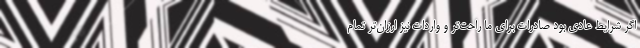
اگر شرایط عادی بود صادرات برای ما راحت‌تر و واردات نیز ارزان‌تر تمام